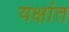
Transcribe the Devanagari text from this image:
यक्षांत